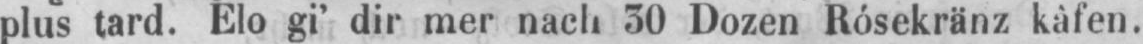
plus tard. Elo gi’ dir mer nach 30 Dozen Rósekränz kàfen.